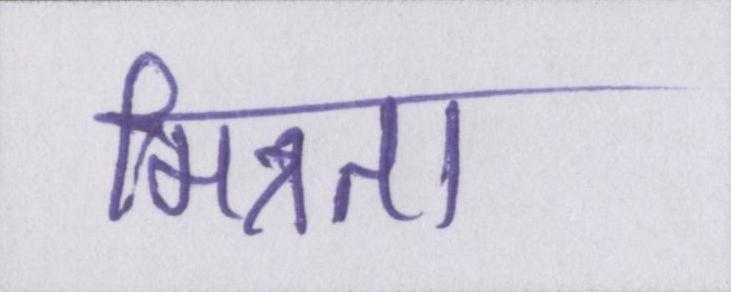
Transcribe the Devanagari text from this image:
मित्रता